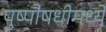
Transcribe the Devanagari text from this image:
पुष्पौषधीमध्ये